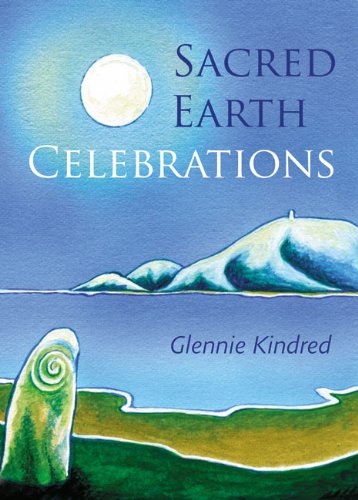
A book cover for Sacred Earth Celebrations, 2nd Edition; Glennie Kindred; Religion & Spirituality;